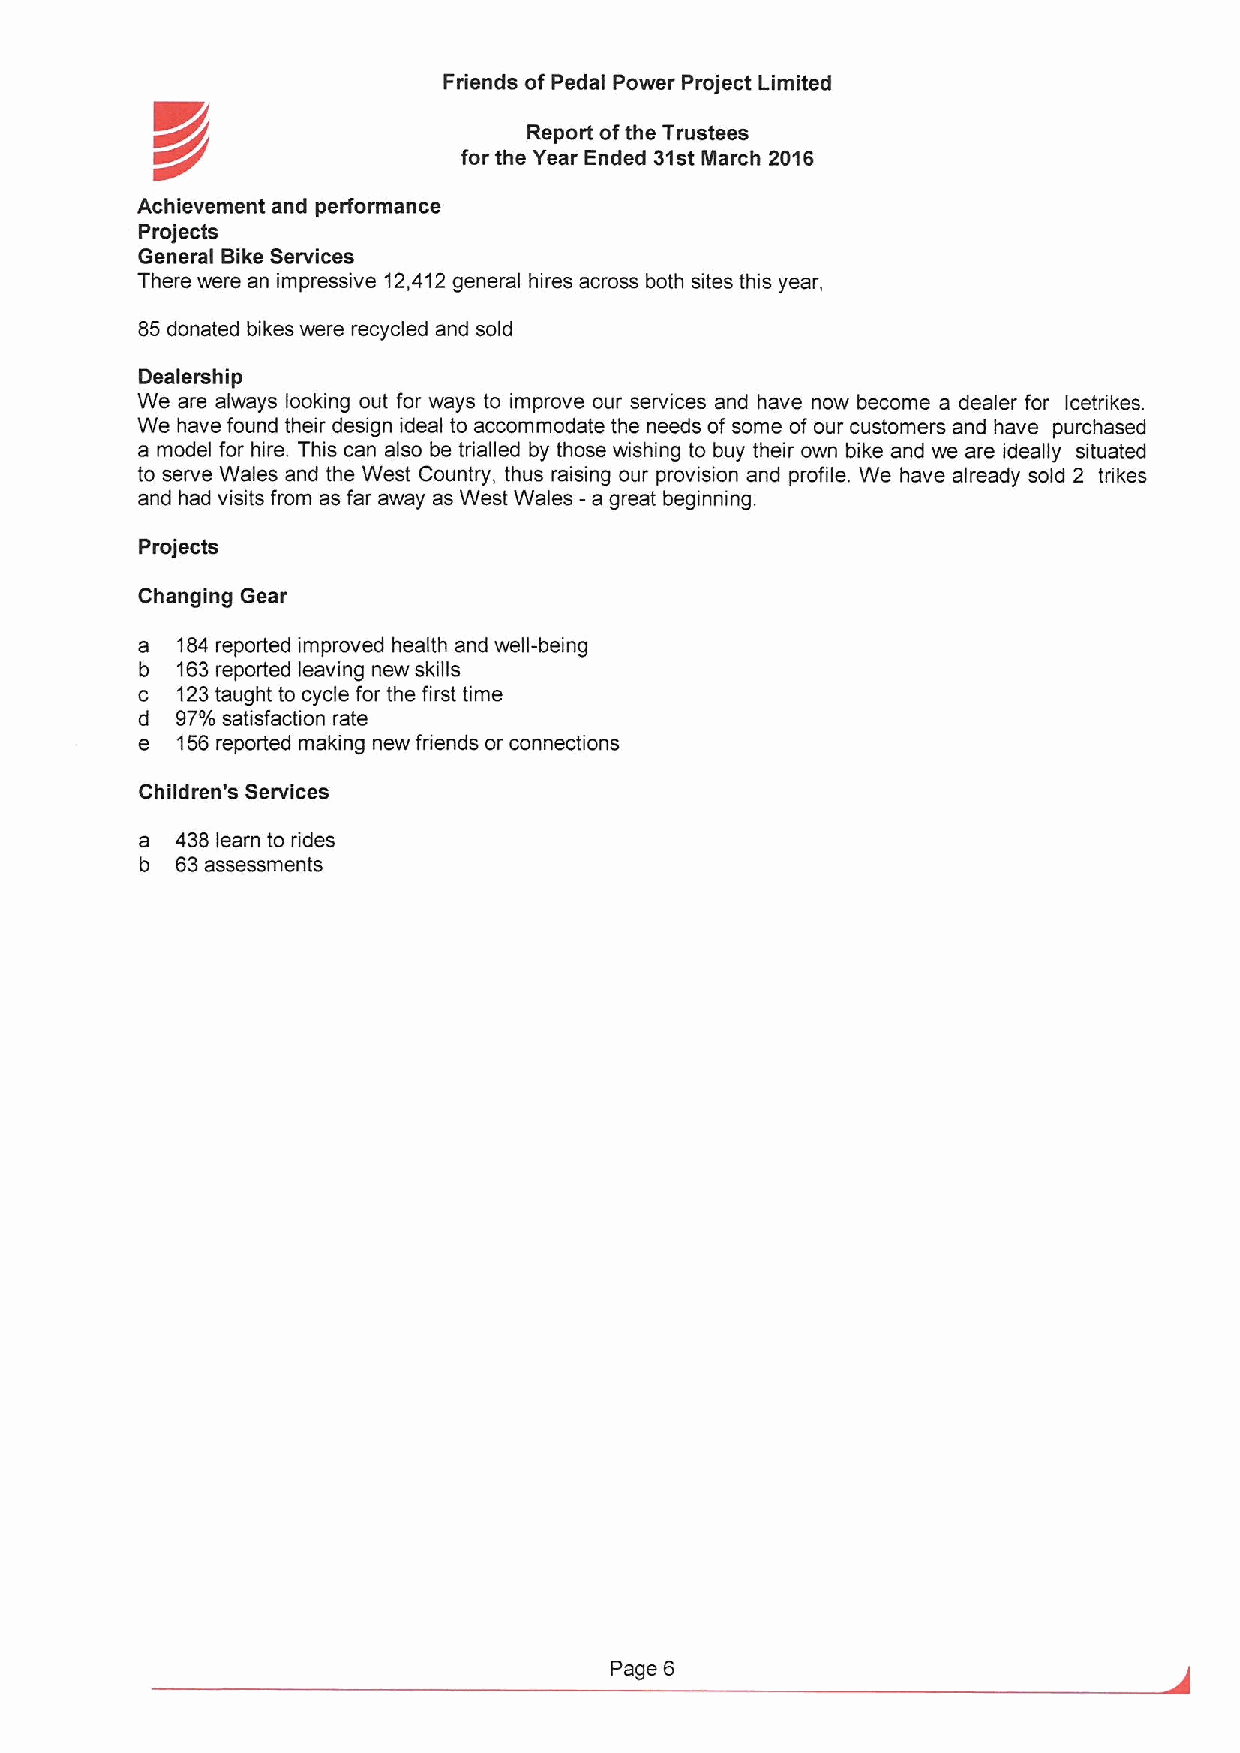
Friends ofPedal Power Project Limited
 K//                      Report ofthe Trustees
 for the Year Ended 31stMarch 2016
 Achievement and performance
 Projects
 General Bike Services
 There were an impressive 12,412general hires across both sites this year,
 85donated bikes were recycled and sold
 Dealership
 We are always looking out for ways to improve our services and have now become a dealer for lcetrikes.
 We have found their design ideal to accommodate the needs of some of our customers and have purchased
 a model for hire. This can also be trialled by those wishing to buy their own bike and we are ideally situated
 to serve Wales and the West Country, thus raising our provision and profile. We have already sold 2 trikes
 and had visits from as far away as West Wales -a great beginning.
 Projects
 Changing Gear
 a  184reported improved health and well-being
 b  163reported leaving new skills
 c  123taught to cycle for the first time
 d  97%satisfaction rate
 e  156reported making new friends or connections
 Children's Services
 a  438 learn to rides
 b  63assessments
 Page 6